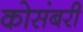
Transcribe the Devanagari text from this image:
कोसंबरी